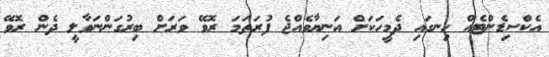
އެކްސިޑެންޓެއް ހިނގައި ދެމީހަކަށް އަނިޔާވެއްޖެ ފުރަތަމަ ރޮވޭ ވަރަށް ބިރުގަންނަވާލީ ދެން ރޮވޭ